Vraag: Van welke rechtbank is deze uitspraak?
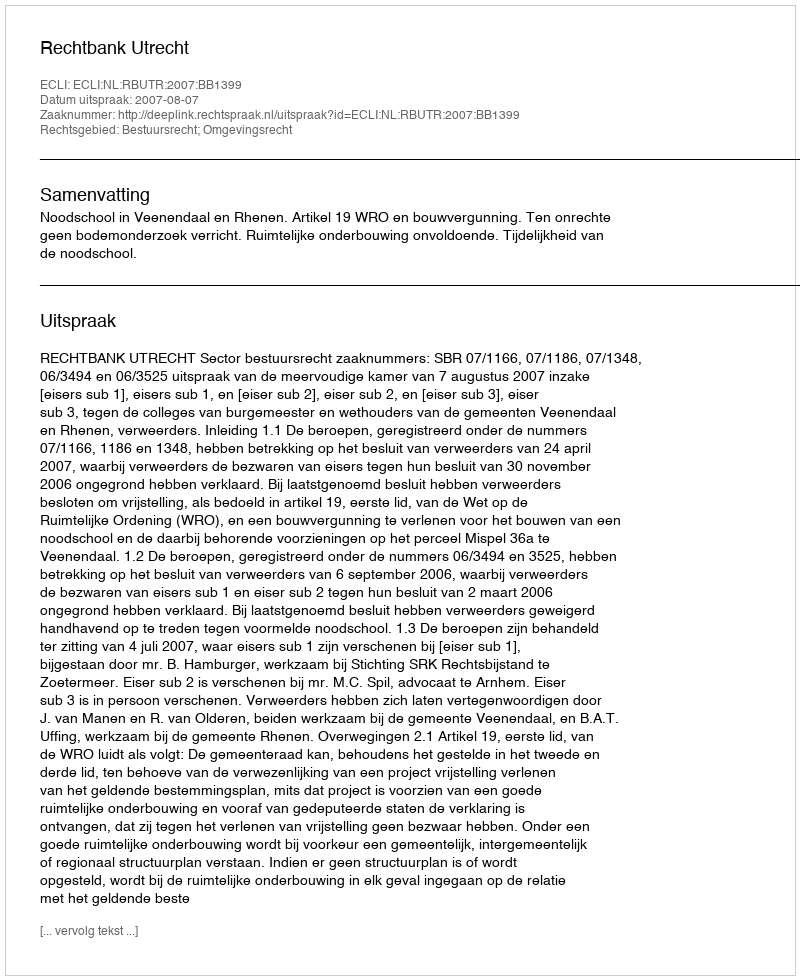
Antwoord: Rechtbank Utrecht